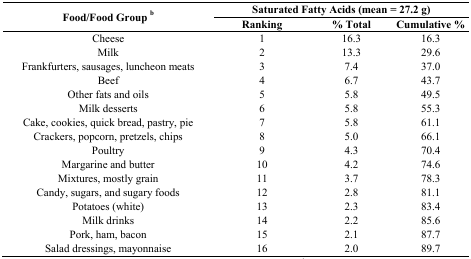
| <ROWSPAN=2> Food/Food Group b | <COLSPAN=3> Saturated Fatty Acids (mean = 27.2 g) |
 | Ranking | % Total | Cumulative % |
 | --- | --- | --- | --- |
 | Cheese | 1 | 16.3 | 16.3 |
 | Milk | 2 | 13.3 | 29.6 |
 | Frankfurters, sausages, luncheon meats | 3 | 7.4 | 37.0 |
 | Beef | 4 | 6.7 | 43.7 |
 | Other fats and oils | 5 | 5.8 | 49.5 |
 | Milk desserts | 6 | 5.8 | 55.3 |
 | Cake, cookies, quick bread, pastry, pie | 7 | 5.8 | 61.1 |
 | Crackers, popcorn, pretzels, chips | 8 | 5.0 | 66.1 |
 | Poultry | 9 | 4.3 | 70.4 |
 | Margarine and butter | 10 | 4.2 | 74.6 |
 | Mixtures, mostly grain | 11 | 3.7 | 78.3 |
 | Candy, sugars, and sugary foods | 12 | 2.8 | 81.1 |
 | Potatoes (white) | 13 | 2.3 | 83.4 |
 | Milk drinks | 14 | 2.2 | 85.6 |
 | Pork, ham, bacon | 15 | 2.1 | 87.7 |
 | Salad dressings, mayonnaise | 16 | 2.0 | 89.7 |